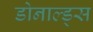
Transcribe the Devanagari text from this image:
डोनाल्ड्स